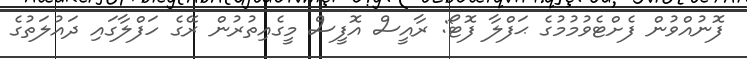
ފޮނުއްވުން ފެށްޓެވުމުމުގެ ޙަފްލާ ފޮޓޯ: ރާއީސް އޮފީސް މީގެއިތުރުން ރޭގެ ހަފްލާގައި ދައުލަތުގެ